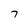
Character: 7